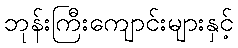
ဘုန်းကြီးကျောင်းများနှင့်